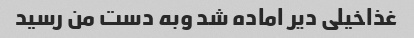
غذاخیلی دیر اماده شد وبه دست من رسید